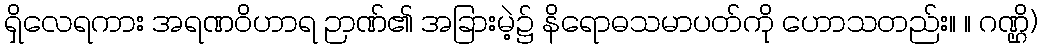
ရှိလေရကား အရဏဝိဟာရ ဉာဏ်၏ အခြားမဲ့၌ နိရောဓသမာပတ်ကို ဟောသတည်း။ ။ ဂဏ္ဌိ)